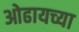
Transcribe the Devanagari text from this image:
ओढायच्या